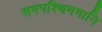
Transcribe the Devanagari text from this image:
समपश्चिमगानि